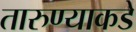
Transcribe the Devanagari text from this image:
तारुण्याकडे